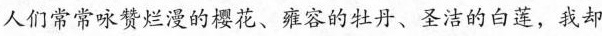
人们常常咏赞烂漫的樱花、雍容的牡丹、圣洁的白莲，我却